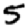
Digit: 5